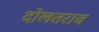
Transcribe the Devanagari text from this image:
दोलतराव